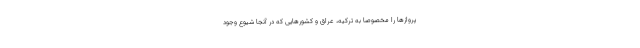
پروازها را مخصوصاً به ترکیه، عراق و کشورهایی که در آنجا شیوع وجود